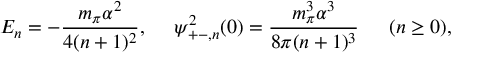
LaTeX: E _ { n } = - \frac { m _ { \pi } \alpha ^ { 2 } } { 4 ( n + 1 ) ^ { 2 } } , \ \ \ \ \psi _ { + - , n } ^ { 2 } ( 0 ) = \frac { m _ { \pi } ^ { 3 } \alpha ^ { 3 } } { 8 \pi ( n + 1 ) ^ { 3 } } \ \ \ \, \ ( n \geq 0 ) ,